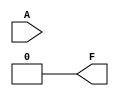
module single_variable_kmap (
    input wire A,      // Input variable
    output wire F      // Output based on the K-map
);
    // Parameters to define the output based on input variable
    parameter F_0 = 0; // Output when A = 0
    parameter F_1 = 0; // Output when A = 1

    // Combinational logic to determine output F based on the input A
    assign F = (A == 1'b0) ? F_0 : F_1; // Output based on K-map values

endmodule